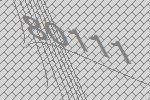
80111